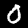
Label: 0